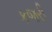
કજરી